画像に写った文字を読んでください
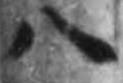
「八」と書いてあります